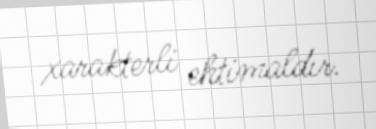
xarakterli ehtimaldır.